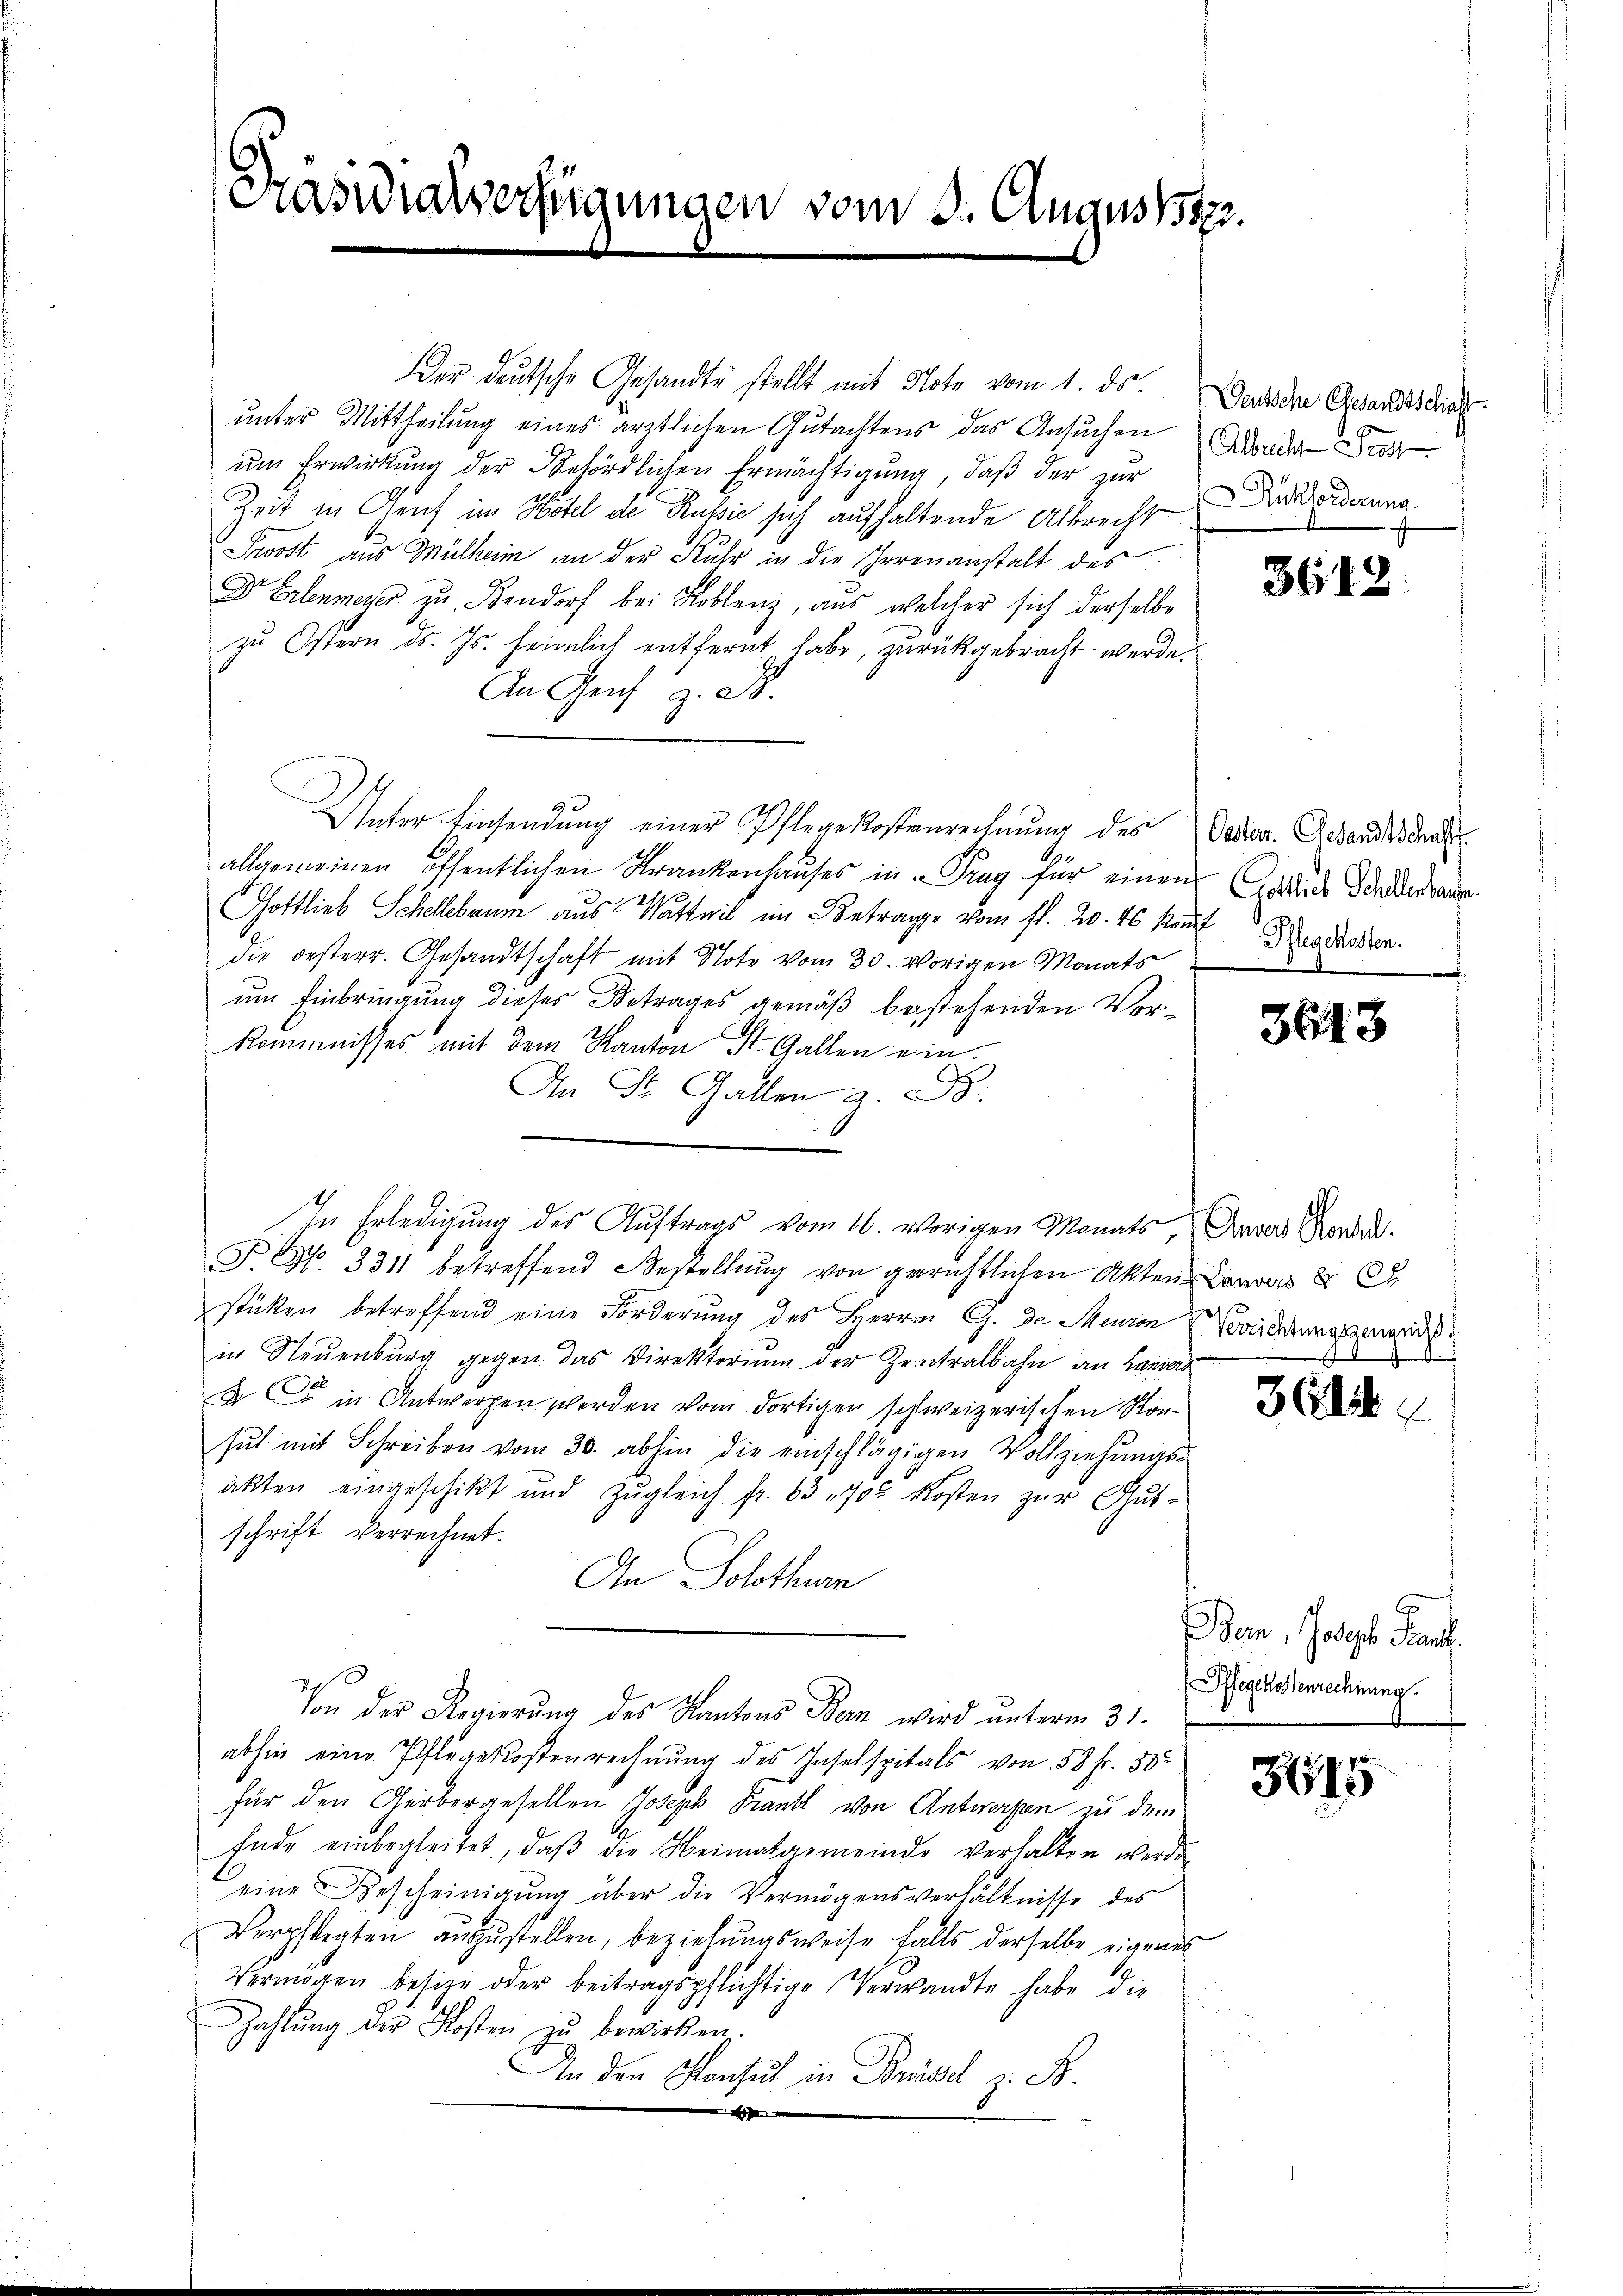
Präsidialverfügungen vom 3. Augus 5872.

Der deutsche Gesandte stellt mit Note vom 1. ds.
unter Mittheilung eines ärztlichen Gutachtens das Ansuchen
um Erwirkung der Behördlichen Ermächtigung, daß der zur
Zeit in Genf im Hotel de Rubić sich aufhaltende Albrecht
Proost aus Mülheim an der Ruhr in die Irrenanstalt des
Dr Erlenmeyer zu Kendorf bei Koblenz, aus welcher sich derselbe
zu Ostern d. Js. heimlich entfernt habe, zurückgebracht werde.
An Genf z. B.
Unter Einsendung einer Pflege Kostenrechnung des
allgemeinen öffentlichen Krankenhaŭses in Prag für einen
Gottlieb Schellbaum aus Wattwil im Betrage vom fl. 20. 16 kant Regessen.
die oesterr. Gesandtschaft mit Note vom 30. vorigen Monats
um Einbringung dieses Betrages gemäß bestehenden Vorkommnisses mit dem Kanton St. Gallen ein
An St. Gallen z. B.
F. Nr. 3311 betreffend Bestellŭng von gerichtlichen Akten Lanvas 2 S.
stüken betreffend eine Forderung des Herrn G. de Meuron
in Steuenburg gegen das Direktorium der Zentralbahn an Lanver¬
& C in Antworfen werden vom dortigen schweizerischen Konsuch mit Schreiben vom 30. abhin die einschlägigen Vollziehungsakten eingeschikt und zŭgleich fr. 63 702 kosten zŭr Gut-
schrift verrechnet.
An Solothurn
Von der Regierung des Kantons Bern wird unterm 31.
abhin eine Pflegekostenrechnung des Inselspitals von 58 Fr. 50
für den Gerbergesellen Joseph Frank von Antwerpen zu dem
Ende einbegleitet, daβ die Heimatgemeinde verhalten werde.
eine Bescheinigung über die Vermögensverhältnisse des
Verpflegten aŭszŭstellen, beziehŭngsweise falls derselbe eigenes
Vermögen besitze oder beitragspflichtige Verwandte habe die
Zahlŭng der Kosten zŭ bewirken.
An den Konsul in Brüsse z. B.

In Erledigung des Auftrags vom 16. vorigen Monats

Deutsche Gesandtschaft.
Albrech So
Rückforderung.

3612

Oesteri. Gesandtschaft
Gottlich Schellenbauen.

3643

Ander Konsil.
Verrichtungszeugniß
e

361

315

C
Bem, obgeb Paul.
Pfegekostenrechnung